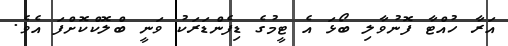
އަރާ ހުއްޓާ ފޮނުވާލި ބޯޅަ އެ ޓީމުގެ ޑިފެންޑަރަކު ވަނީ ބްލޮކްކޮށްފަ އެވެ.